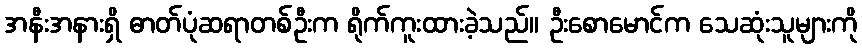
အနီးအနားရှိ ဓာတ်ပုံဆရာတစ်ဦးက ရိုက်ကူးထားခဲ့သည်။ ဦးစောမောင်က သေဆုံးသူများကို